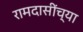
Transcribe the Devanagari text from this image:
रामदासींच्या